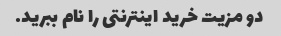
دو مزیت خرید اینترنتی را نام ببرید.